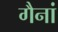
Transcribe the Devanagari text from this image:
गैनां